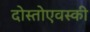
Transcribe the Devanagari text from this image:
दोस्तोएवस्की